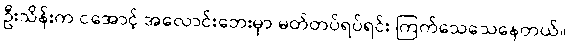
ဦးသိန်းက ငအောင့် အလောင်းဘေးမှာ မတ်တပ်ရပ်ရင်း ကြက်သေသေနေတယ်။